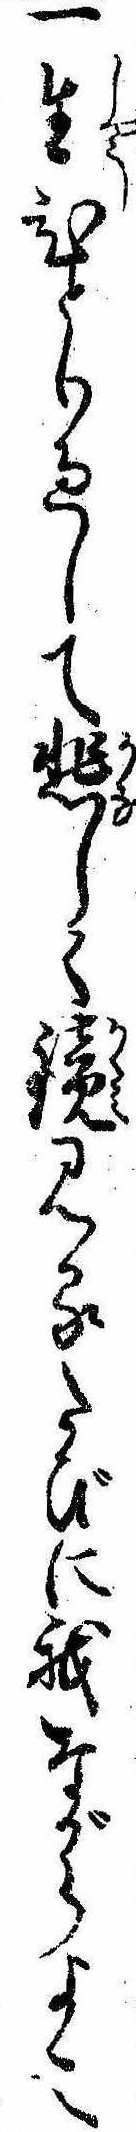
一生ひとり過して悲しく鏡見るたびに我ながらよこ